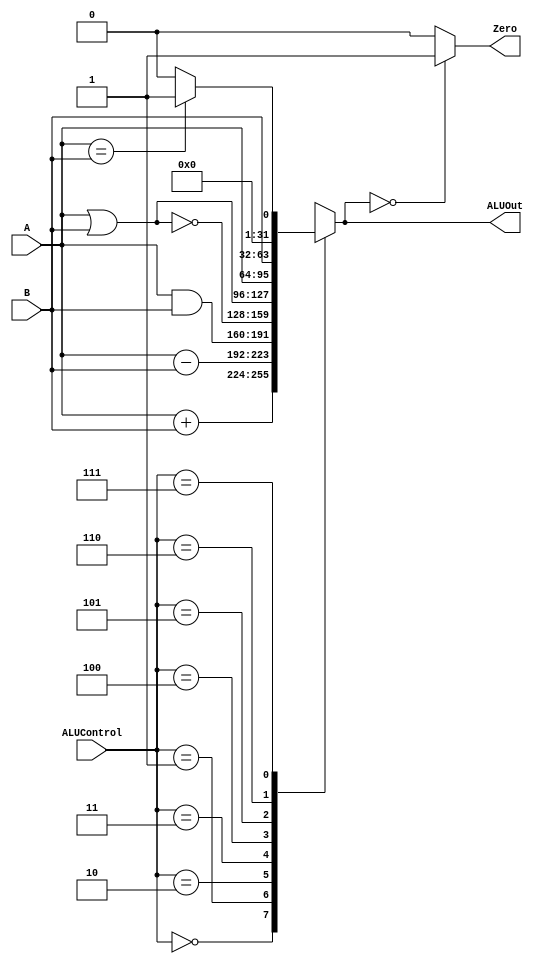
//ALU implimentation
module ALU(
    // Inputs
    input [31:0] A,B,
    input [2:0] ALUControl,

    // Outputs
    output reg [31:0] ALUOut,
    output reg Zero // Zero flag
);

    always @(A or B or ALUControl) begin
        case(ALUControl)
            3'b000: ALUOut <= A + B;    // add
            3'b001: ALUOut <= A - B;    // sub
            3'b010: ALUOut <= A & B;    // and
            3'b011: ALUOut <= ~(A | B); // not - bitwise nor
            3'b100: ALUOut <= A | B;    // or
            3'b101: ALUOut <= A ;       // select A
            3'b110: ALUOut <= B;        // select B
            3'b111: begin               // bne
                if(A == B) begin
                    ALUOut <= 1;
                end
                else begin
                    ALUOut <= 0;
                end
            end //ALUOut <= A==B ? 1 : 0; 
            default: ALUOut <= 0;
        endcase
    end
    always @(ALUOut) begin
        if(ALUOut ==0) begin
            Zero <=1;
        end
        else begin
            Zero <=0;
        end
    end
endmodule